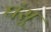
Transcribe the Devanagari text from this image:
घंसू